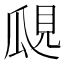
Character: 𤫽